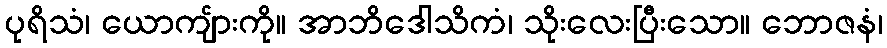
ပုရိသံ၊ ယောကျ်ားကို။ အာဘိဒေါသိကံ၊ သိုးလေးပြီးသော။ ဘောဇနံ၊